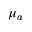
\mu _ { \alpha }